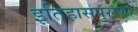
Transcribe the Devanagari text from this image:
इतिहासपुराणों